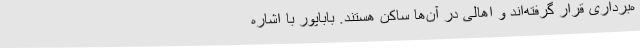
ه‌برداری قرار گرفته‌اند و اهالی در آن‌ها ساکن هستند. باباپور با اشاره